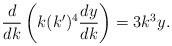
LaTeX: \begin{align*}\frac{d}{dk}\left(k(k')^4\frac{dy}{dk}\right)=3k^3y.\end{align*}